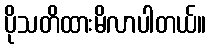
ပိုသတိထားမိလာပါတယ်။